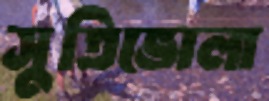
সুতিভোলা